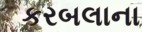
કરબલાના